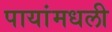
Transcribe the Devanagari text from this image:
पायांमधली